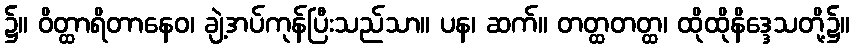
၌။ ဝိတ္ထာရိတာနေဝ၊ ချဲ့အပ်ကုန်ပြီးသည်သာ။ ပန၊ ဆက်။ တတ္ထတတ္ထ၊ ထိုထိုနိဒ္ဒေသတို့၌။